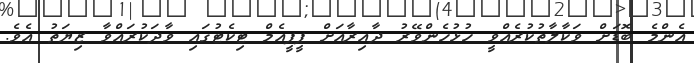
އެންމެ ބޮޑަށް ވަކާލާތުކުރެއްވީ ހުޅުހެންވޭރު ދާއިރާއަށް ޕީޕީއެމް ޓިކެޓުގައި ވާދަކުރައްވާ ޒިޔަތު އެވެ.